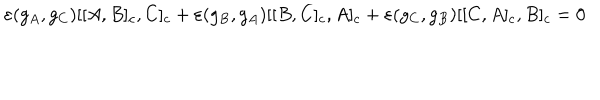
LaTeX: \varepsilon ( g _ { A } , g _ { C } ) [ [ A , B ] _ { c } , C ] _ { c } + \varepsilon ( g _ { B } , g _ { A } ) [ [ B , C ] _ { c } , A ] _ { c } + \varepsilon ( g _ { C } , g _ { B } ) [ [ C , A ] _ { c } , B ] _ { c } = 0